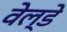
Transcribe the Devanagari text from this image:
वेल्डे